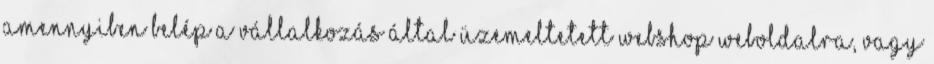
amennyiben belép a Vállalkozás által üzemeltetett webshop weboldalra, vagy